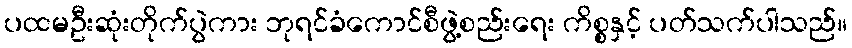
ပထမဦးဆုံးတိုက်ပွဲကား ဘုရင်ခံကောင်စီဖွဲ့စည်းရေး ကိစ္စနှင့် ပတ်သက်ပါသည်။